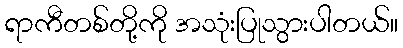
ရာကီတစ်တို့ကို အသုံးပြုသွားပါတယ်။